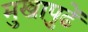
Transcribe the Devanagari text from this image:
मुखापुढें